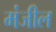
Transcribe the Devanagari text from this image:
मंजील